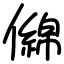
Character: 㒙